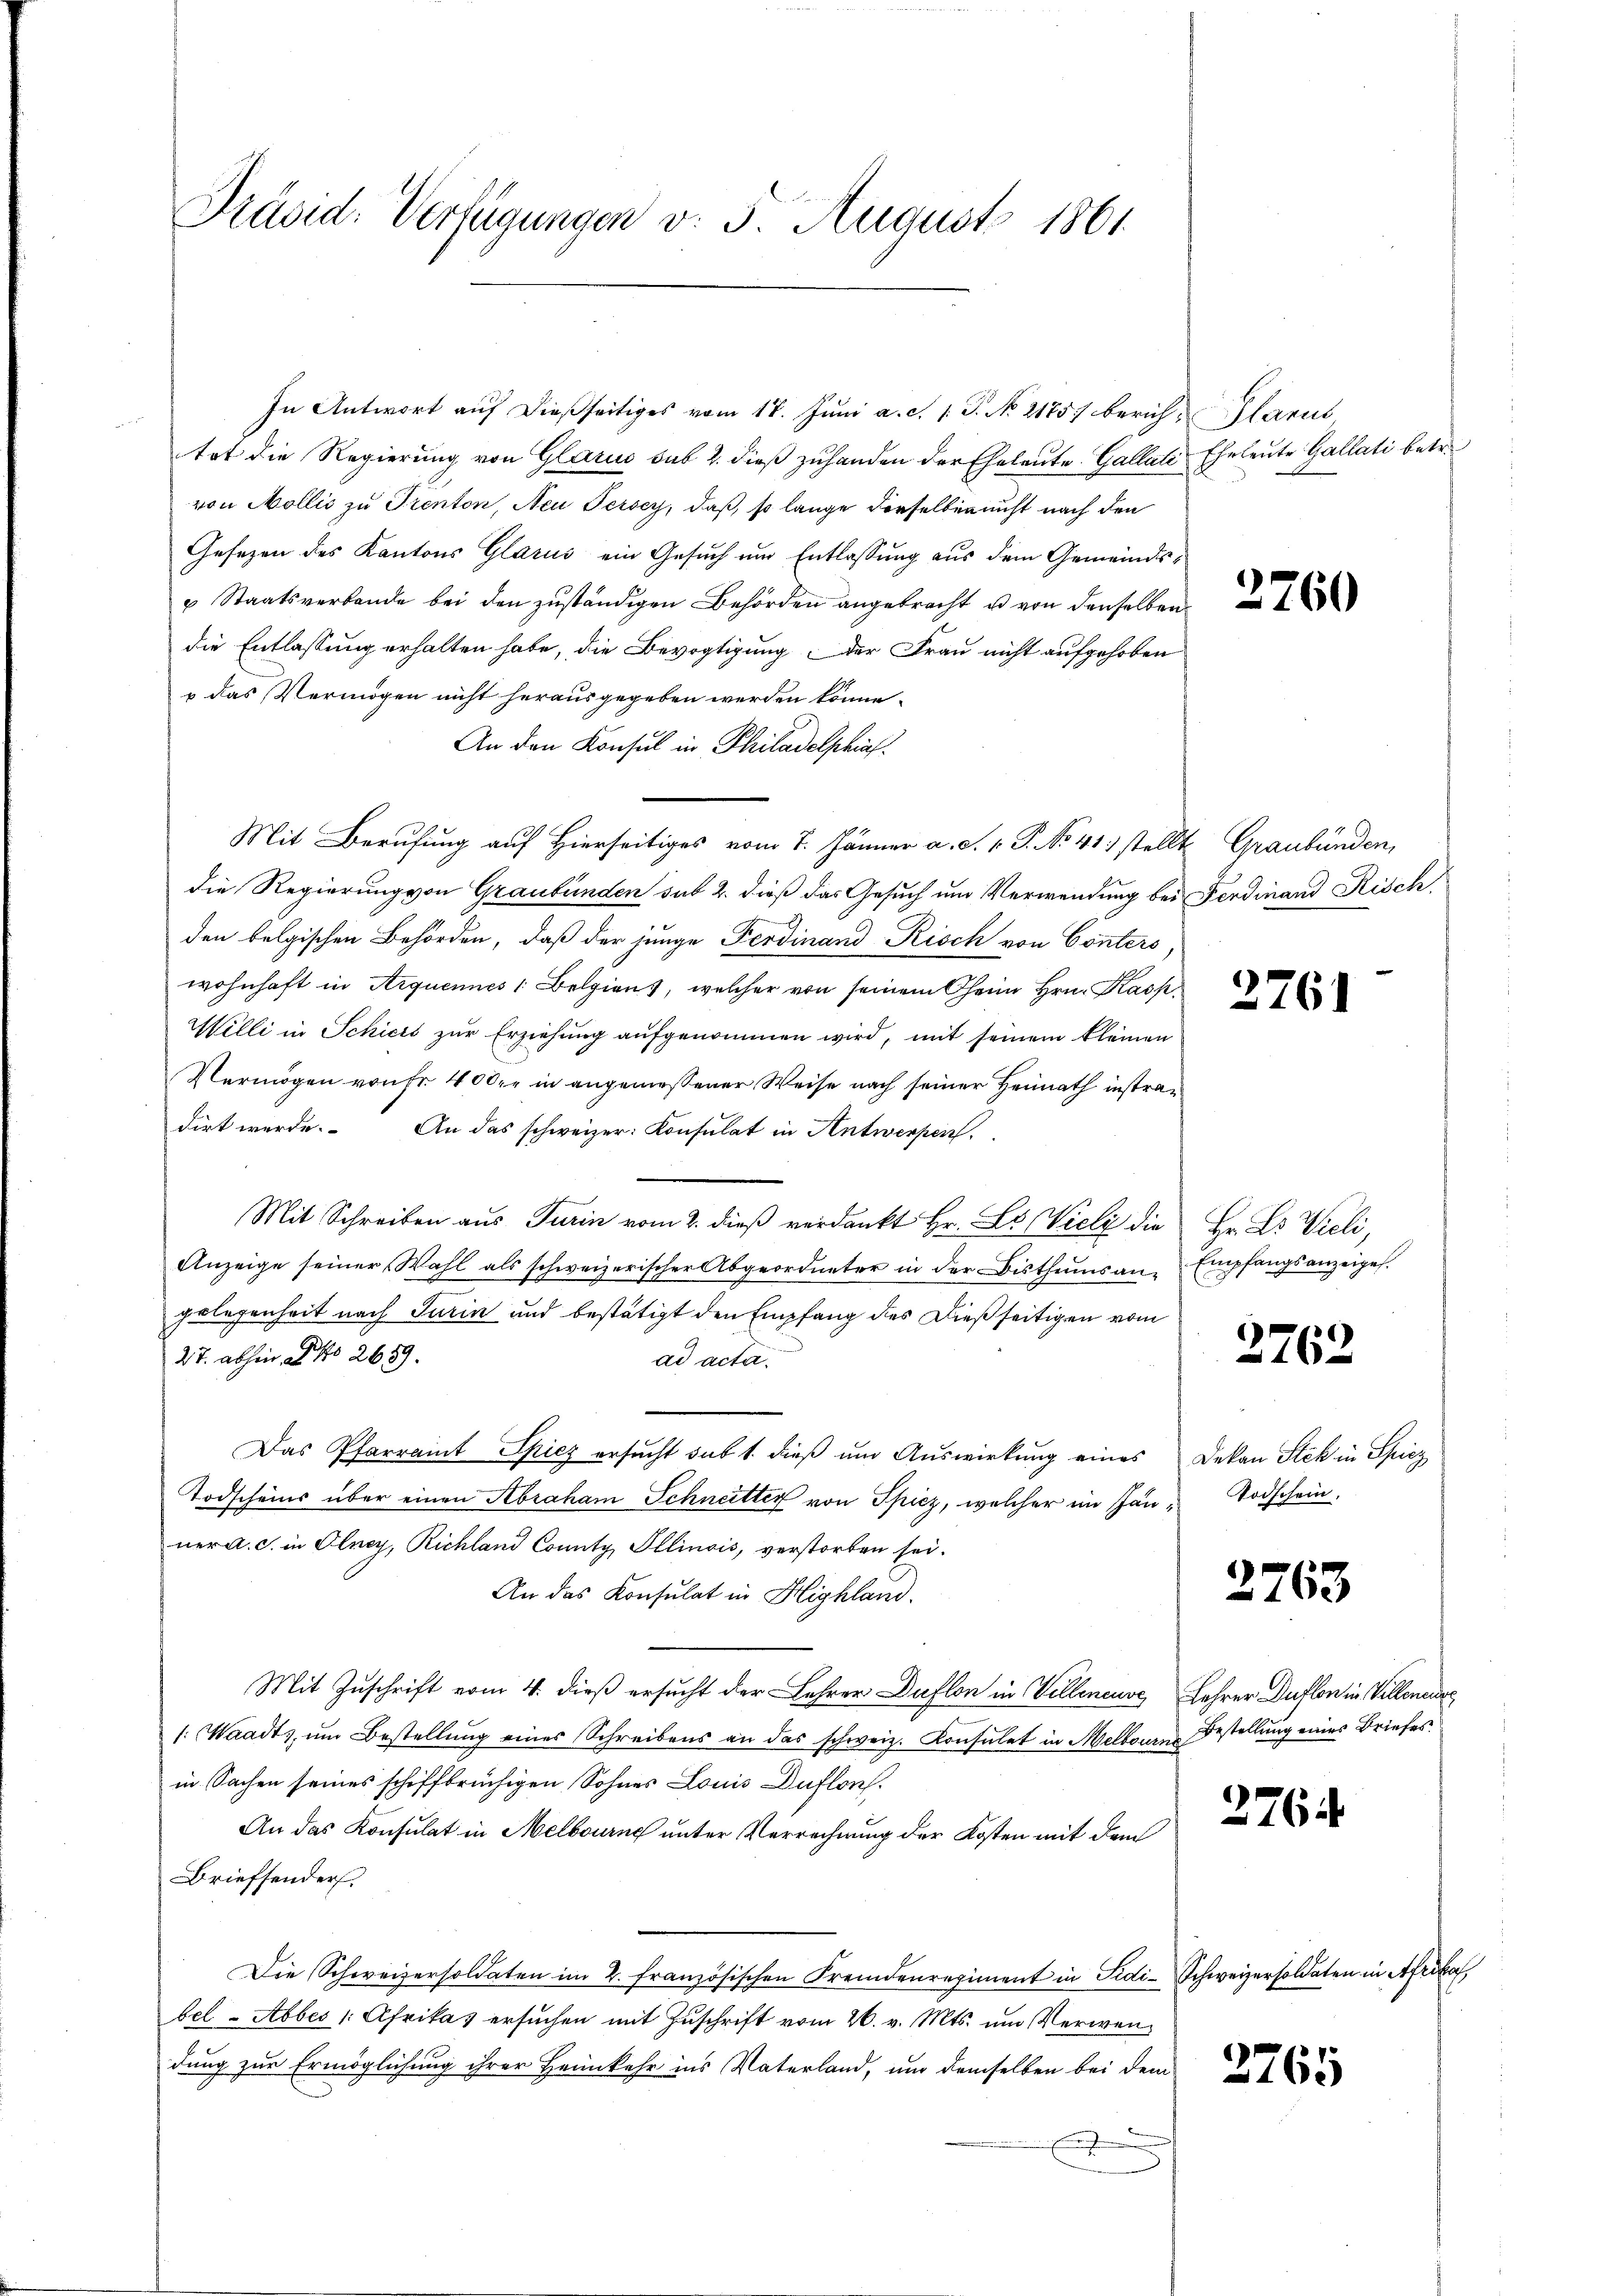
Präsid. Verfügungen v. 3. August 1861

In Antwort aŭf dießseitiges vom 17. Jŭni a. c. 1 S. No 2175) berich-Plarus
tot die Regierung von Glarus sub 2. dieß zuhanden der Eheleute. Gallati
von Mollis zu Trenton, Neu Persey, daß, so lange derselben nicht nach den
Gesezen des Kantons Glarus ein Gesuch um Entlassung aus dem Gemeindes¬
u Staatsverbande bei den zuständigen Behörden angebracht u von denselben
die Entlassung erhalten habe, die Bevogtigung der Frau nicht aufgehoben
u das Vermögen nicht herausgegeben werden könne.
An den Konsul in Philadelphiaf.
Mit Berufung auf Hierseitiges vom 7. Jänner a. S. v. J. No. 41 stellt Graubünden,
die Regierung von Graubünden sub 2. dieß das Gesuch um Verwendung bei Ferdinand Risch
den belgischen Behörden, daß der junge Ferdinand Risch von Conters
wohnhaft in Aequennes Belgien, welcher von seinem Oheim Hrn. Kasp
Willi in Schickt zur Erziehung aufgenommen wird, mit seinem kleinen
Vermögen von fr. 400. in angemessener Weise nach seiner Heimath instradirt werde. An das schweizer Konsulat in Antwerpen.
Mit Schreiben aus Turin vom 2. dieß verdankt Hr. L. Vieli die Hr. Ls Vieli,
Anzeige seiner Wahl als schweizerischer Abgeordneter in der Bisthumsangelegenheit nach Turin und bestätigt den Empfang des Dießseitigen vom
27. abhin, No 2659.
ad acta.
Das Pfarramt Spiez ersucht sub 1. dieß um Auswirkung eines Dekan Stek in Spiez
Todscheins über einen Abraham Schneitter von Spiez, welcher im Jän- Todschein
ner a. c. in Olney, Richland County Illinois, verstorben sei.
An das Konsulat in Highland.
Mit Zuschrift vom 4. dieß ersucht der Lehrer Duflon in Villeneuve, Lehrer Duflon in Villeneur
1: Waadt, ŭm Bestellŭng eines Schreibens an das schweiz. Konsulat in Melbourn Bestellung eines Briefes
in Sachen seines schiffbrüchigen Sohnes Louis Duflon.
An das Konsulat in Melbourne unter Verrechnung der Kosten mit dem
Brieffenderf
Die Schweizersoldaten im 2. Französischen Fremdenregiment in Sidi-Schweizersoldaten in Afrika,
bel - Abbes /: Afrikas ersuchen mit Zuschrift vom 26. v. Mts. um Verwendung zur Ermöglichung ihrer Heimkehr ins Vaterland, und demselben bei dem

Eheleute Gallati betr.

2760

2761

Empfangsanzeigel.

2762

2763

2764